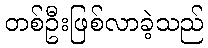
တစ်ဦးဖြစ်လာခဲ့သည်